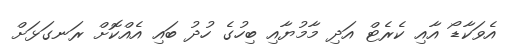
އެވަކާޑޯ އާއި ކެރެޓް އަދި މާމުޔާއި ބިހުގެ ހުދު ބައި އެއްކޮށް ރަނގަޅަށް